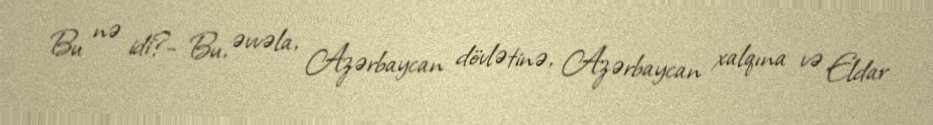
Bu nə idi?- Bu, əvvəla, Azərbaycan dövlətinə, Azərbaycan xalqına və Eldar